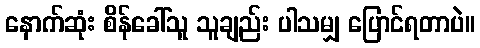
နောက်ဆုံး စိန်ခေါ်သူ သူချည်း ပါသမျှ ပြောင်ရတာပဲ။